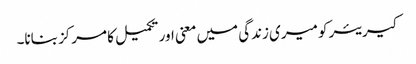
کیریئر کو میری زندگی میں معنی اور تکمیل کا مرکز بنانا۔